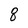
Character: 8